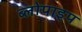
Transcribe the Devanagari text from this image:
ब्लोपाइप